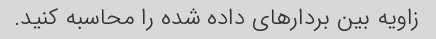
زاویه بین بردارهای داده شده را محاسبه کنید.